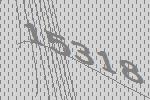
15318